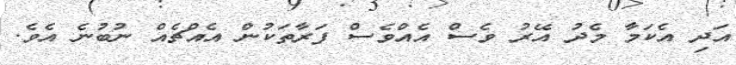
އަދި އެކަމާ މެދު އޭރު ވެސް އެއްވެސް ފަރާތަކުން އެއްޗެއް ނުބުނެ އެވެ.